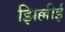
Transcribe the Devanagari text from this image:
झिल्लीई